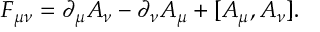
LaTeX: F _ { \mu \nu } = \partial _ { \mu } A _ { \nu } - \partial _ { \nu } A _ { \mu } + [ A _ { \mu } , A _ { \nu } ] .